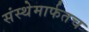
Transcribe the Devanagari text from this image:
संस्थेमार्फतच